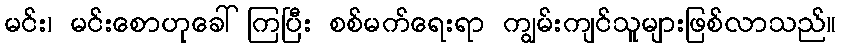
မင်း၊ မင်းစောဟုခေါ်ကြပြီး စစ်မက်ရေးရာ ကျွမ်းကျင်သူများဖြစ်လာသည်။